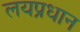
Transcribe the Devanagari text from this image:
लयप्रधान